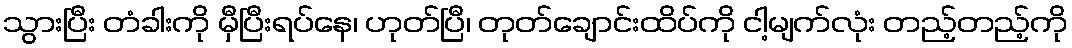
သွားပြီး တံခါးကို မှီပြီးရပ်နေ၊ ဟုတ်ပြီ၊ တုတ်ချောင်းထိပ်ကို ငါ့မျက်လုံး တည့်တည့်ကို